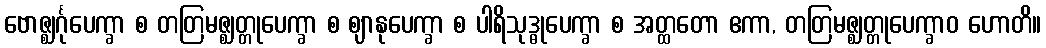
ဗောဇ္ဈင်္ဂုပေက္ခာ စ တတြမဇ္ဈတ္တုပေက္ခာ စ ဈာနုပေက္ခာ စ ပါရိသုဒ္ဓုပေက္ခာ စ အတ္ထတော ဧကာ, တတြမဇ္ဈတ္တုပေက္ခာဝ ဟောတိ။